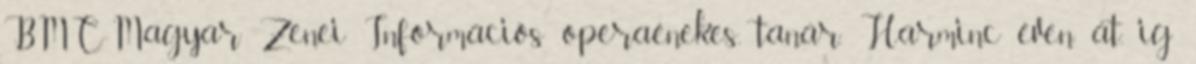
BMC-Magyar Zenei Információs operaénekes, tanár. Harminc éven át, ig